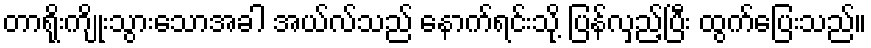
တာရိုးကျိုးသွားသောအခါ အယ်လ်သည် နောက်ရင်းသို့ ပြန်လှည့်ပြီး ထွက်ပြေးသည်။